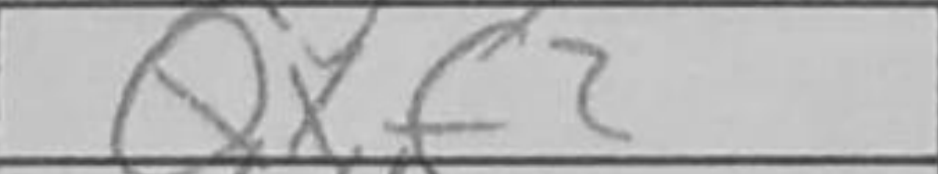
Transcription: Qxf2